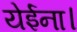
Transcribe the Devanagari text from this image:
येईना।